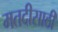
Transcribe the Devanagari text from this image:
मतदीसाठी